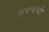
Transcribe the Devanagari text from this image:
कवचची